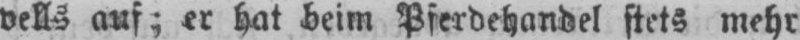
dells auf; er hat beim Pferdehandel stets mehr